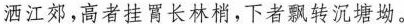
洒江郊，高者挂罥长林梢，下者飘转沉塘坳。